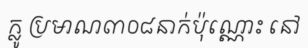
ក្លូ ប្រមាណ៣០៨នាក់ប៉ុណ្ណោះ នៅ